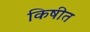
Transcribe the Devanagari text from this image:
किषीत